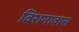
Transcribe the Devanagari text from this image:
विशनावास